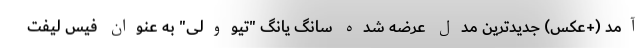
آمد (+عکس) جدیدترین مدل عرضه شده سانگ یانگ "تیوولی" به عنوان فیس لیفت